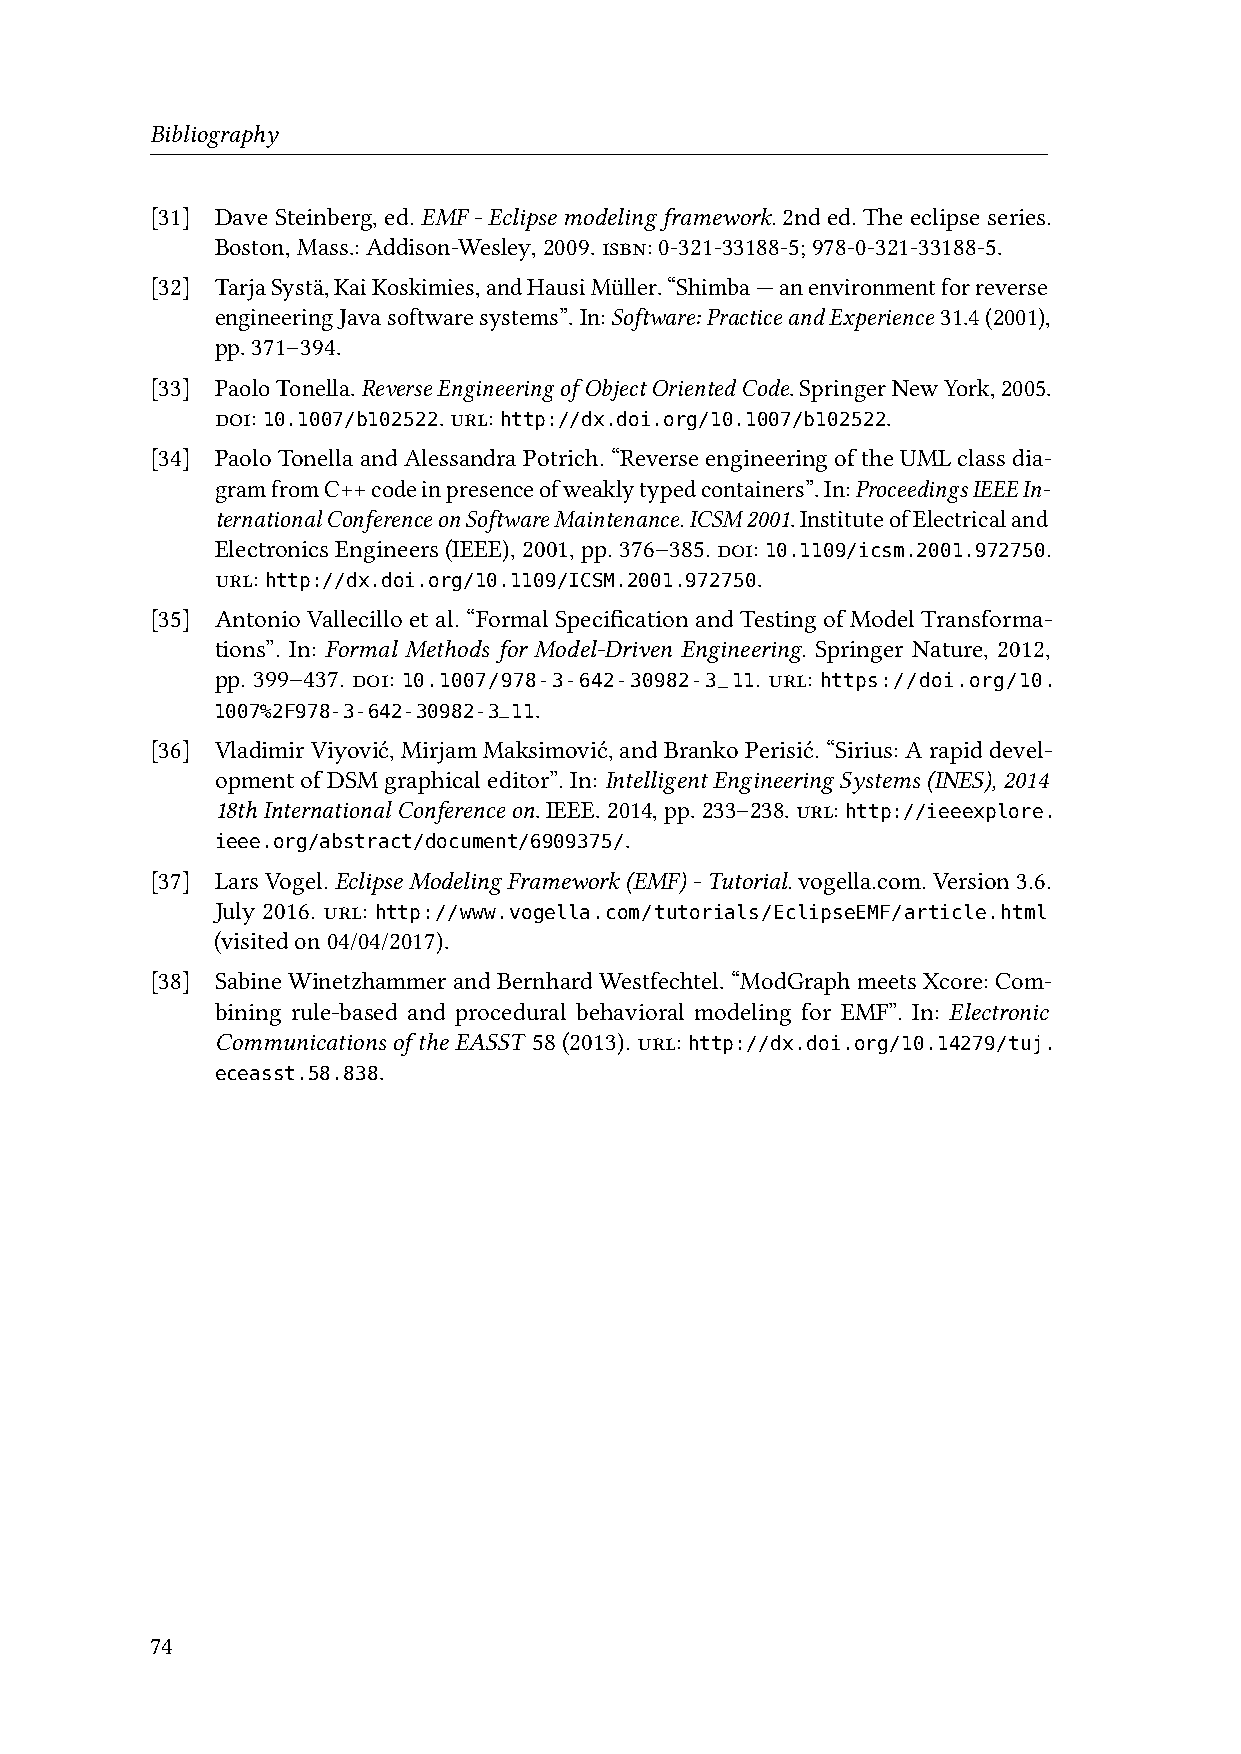
Bibliography
 [31] DaveSteinberg,ed.EMF-Eclipsemodelingframework.2nded.Theeclipseseries.
 Boston,Mass.:Addison-Wesley,2009.isbn:0-321-33188-5;978-0-321-33188-5.
 [32] TarjaSystä,KaiKoskimies,andHausiMüller.“Shimba—anenvironmentforreverse
 engineeringJavasoftwaresystems”.In:Software:PracticeandExperience 31.4(2001),
 pp.371–394.
 [33] PaoloTonella.ReverseEngineeringofObjectOrientedCode.SpringerNewYork,2005.
 doi:           .url:                         .
 10.1007/b102522 http://dx.doi.org/10.1007/b102522
 [34] PaoloTonellaandAlessandraPotrich.“ReverseengineeringoftheUMLclassdia-
 gramfromC++codeinpresenceofweaklytypedcontainers”.In:ProceedingsIEEEIn-
 ternationalConferenceonSoftwareMaintenance.ICSM2001.InstituteofElectricaland
 ElectronicsEngineers(IEEE),2001,pp.376–385.doi:        .
 10.1109/icsm.2001.972750
 url:                                .
 http://dx.doi.org/10.1109/ICSM.2001.972750
 [35] Antonio Vallecillo et al. “Formal Specification and Testing of Model Transforma-
 tions”. In: Formal Methods for Model-Driven Engineering. Springer Nature, 2012,
 pp. 399–437. doi: 10.1007/978-3-642-30982-3_11. url:
 https://doi.org/10.
 1007%2F978-3-642-30982-3_11.
 [36] VladimirViyović,MirjamMaksimović,andBrankoPerisić.“Sirius:Arapiddevel-
 opmentofDSMgraphicaleditor”.In:IntelligentEngineeringSystems(INES),2014
 18thInternationalConferenceon.IEEE.2014,pp.233–238.url:
 http://ieeexplore.
 .
 ieee.org/abstract/document/6909375/
 [37] LarsVogel.EclipseModelingFramework(EMF)-Tutorial.vogella.com.Version3.6.
 July 2016. url:
 http://www.vogella.com/tutorials/EclipseEMF/article.html
 (visitedon04/04/2017).
 [38] Sabine Winetzhammerand Bernhard Westfechtel. “ModGraph meetsXcore: Com-
 bining rule-based and procedural behavioral modeling for EMF”. In: Electronic
 Communications of the EASST 58 (2013). url: http://dx.doi.org/10.14279/tuj.
 .
 eceasst.58.838
 74